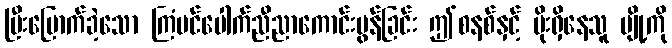
ပြီးမြောက်ခဲ့သော ကြံပင်ပေါက်ညီညာကောင်းမွန်ခြင်း ဤစနစ်နှင့် ပိုးရှိနေသူ ပျို့ကို